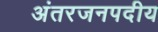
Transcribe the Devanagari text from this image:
अंतरजनपदीय